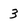
Character: 3